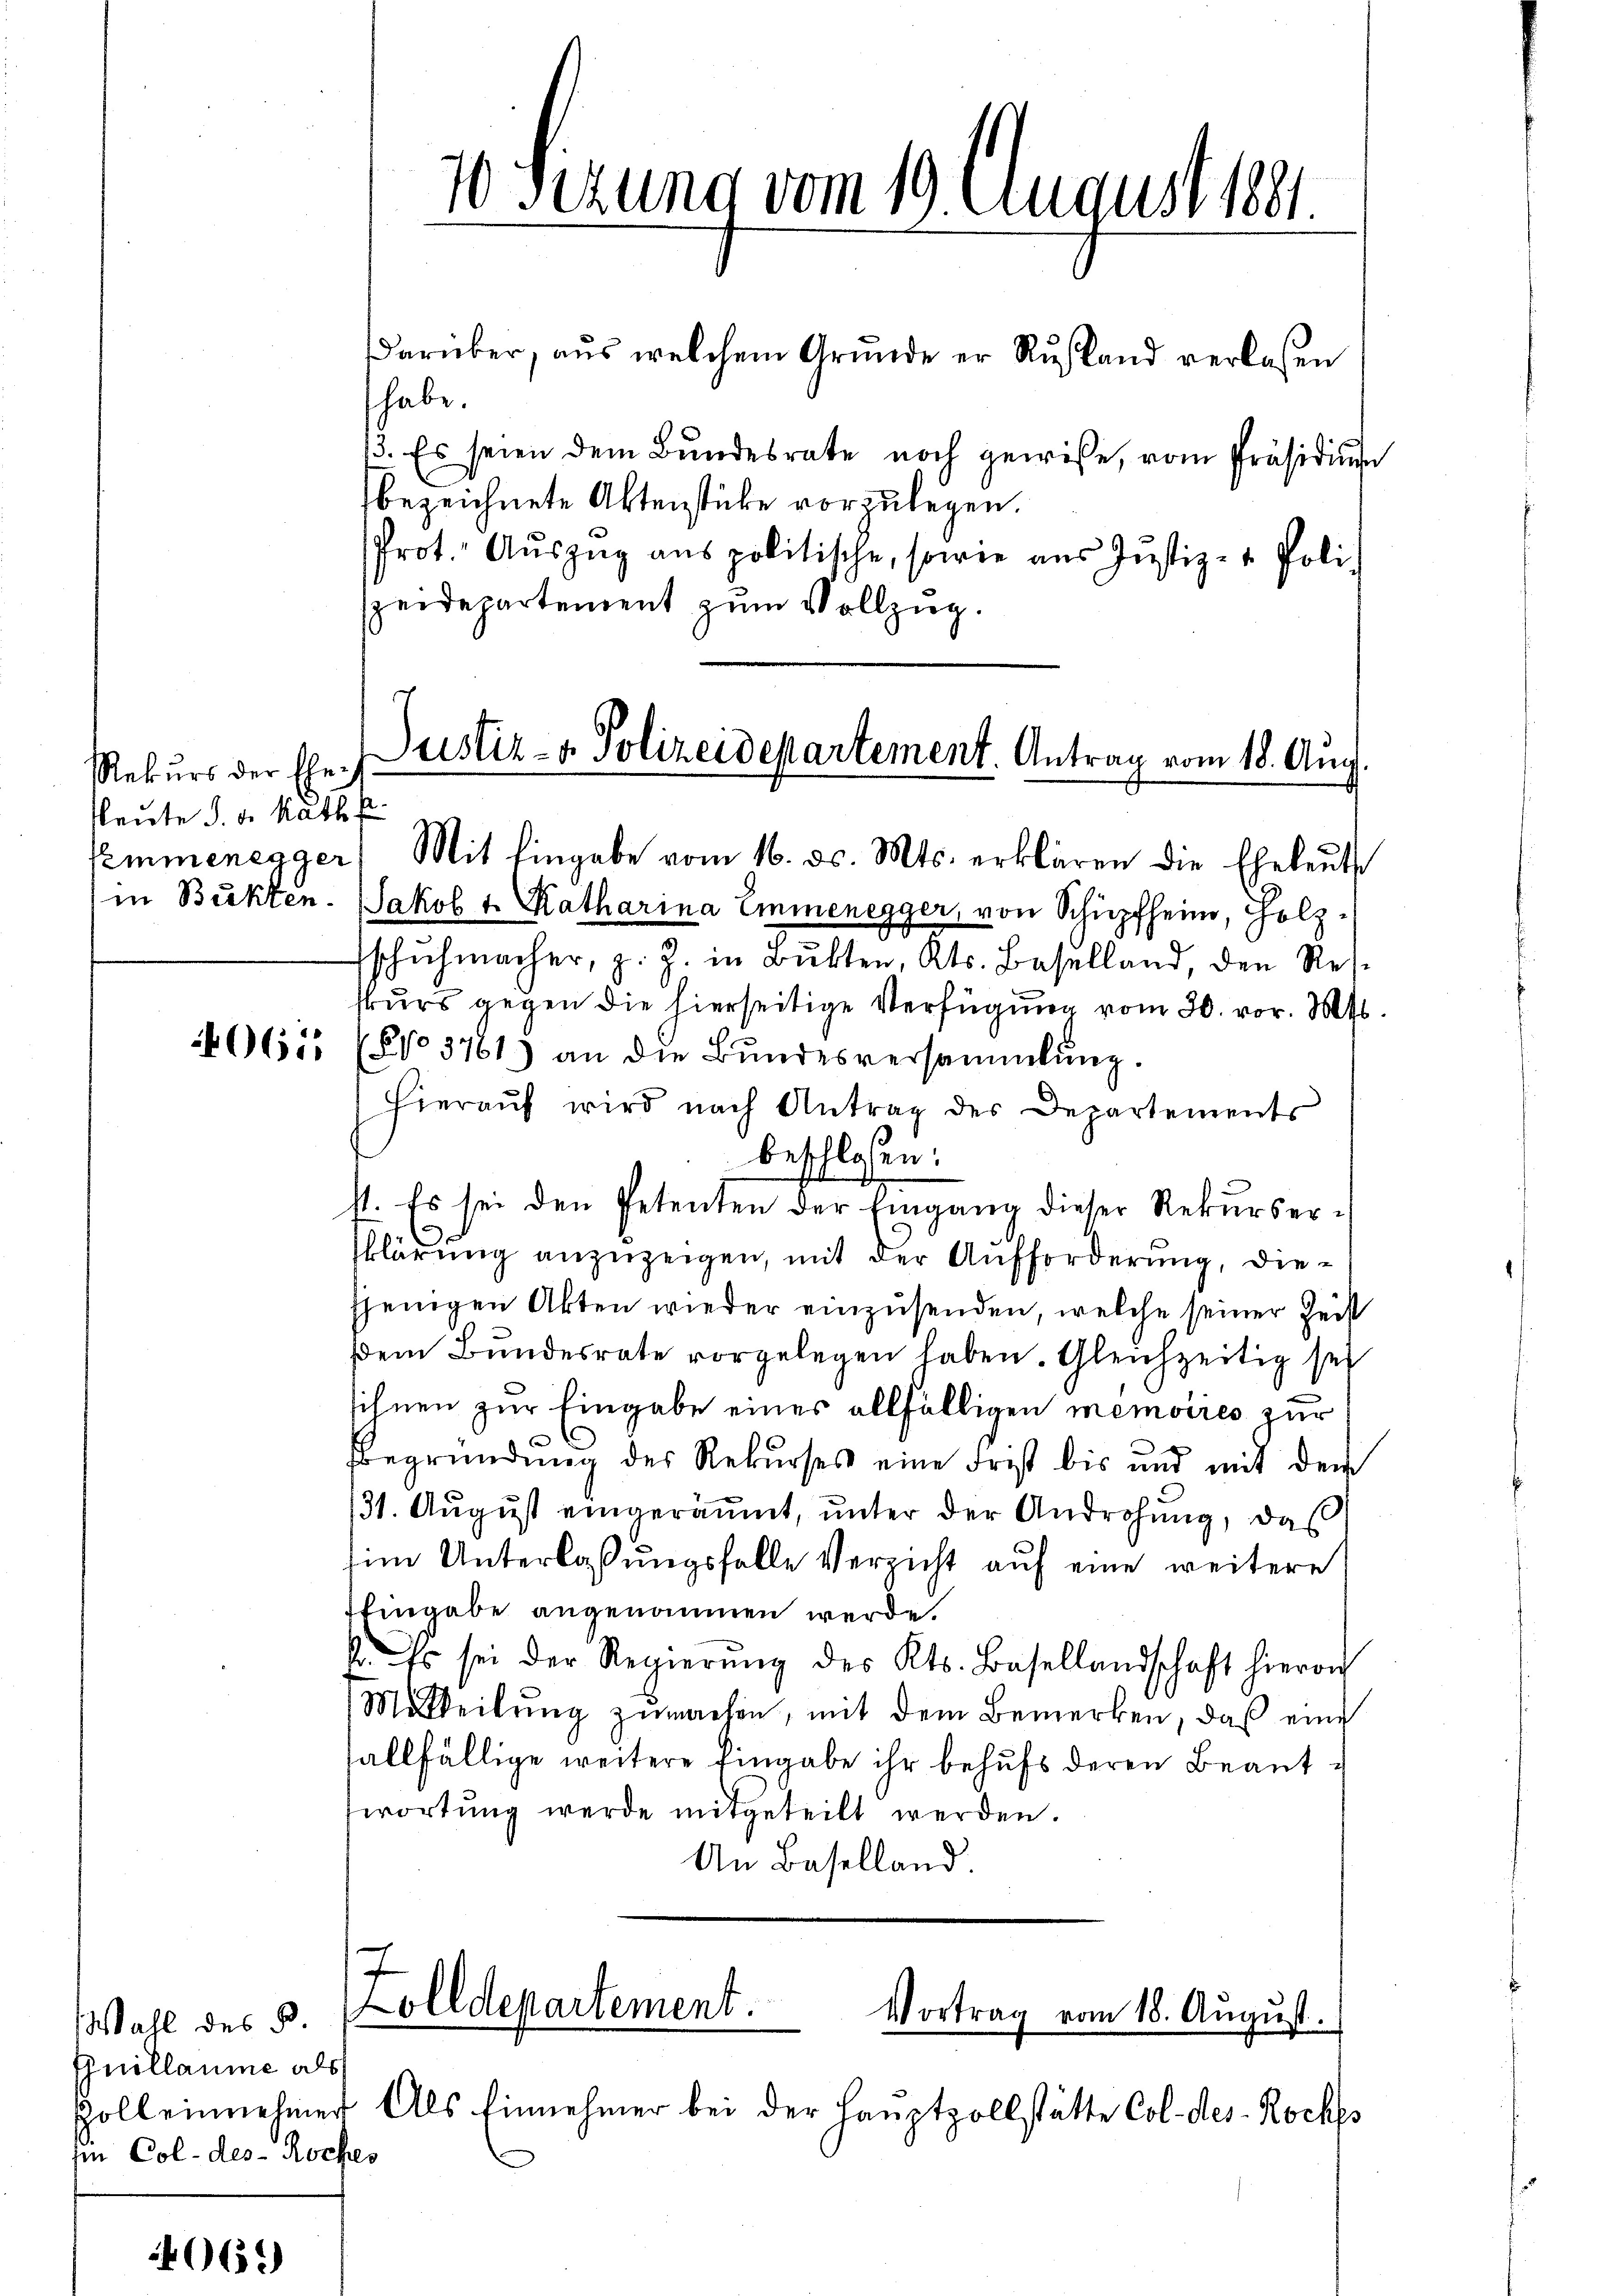
Rekurs der Ehe
Heute d. d. Rath f

Wahl des B.
Guillaume als
iin Col- des Rockes

069)

darüber, aus welchem Grunde er Rustand verlassen
habe.
13. Es seien dem Bundesrate noch gewisse, vom Präsidium
bezeichnete Aktenstücke vorzulegen.
Prot. Aŭszŭg ans politische, sowie ans Justiz- & Poli-
peidepartement zum Vollzug.

10 Sizung vom 19. August 1891

Justiz- & Polizeidepartement. Antrag vom 18. Aug.
femmenegger Mit Eingabe vom 16. ds. Mts. erklären die Eheleut

in Bukten. Jakob 1. Katharina Emmenegger, von Schüpfheim, Holzschŭhmacher, z. Z. in Bŭkten, Kts. Baselland, den Res-
skurs gegen die hierseitige Verfügung vom 30. vor. Mts.
2061 (No 37613 an die Bundesversammlung.
hieraŭf wird nach Antrag des Departements
beschlossen:
41. Es sei den Petenten der Eingang dieser Rekurserklärung anzuzeigen, mit der Aufforderung, diejenigen Akten wieder einzusenden, welche seiner Zeit
dem Bundesrate vorgelegen haben. Gleichzeitig sei
sihnen zur Eingabe eines allfälligen memoires zur
Begründung des Rekŭrses eine Frist bis und mit dem
131. August eingeräumt, unter der Androhung, das
sim Unterlassungsfalle Verzicht auf eine weitere
Eingabe angenommen werde.
A. Es sei der Regierŭng des Kts. Basellandschaft hieron
Mitteilŭng zŭmachen, mit dem Bemerken, daß eine
allfällige weitere Eingabe ihr behufs deren Beanttwortung werde mitgeteilt werden.
An Baselland.

Zoll einnehmer Als Einnehmer bei der Hauptzollstätte Col- des Roches

Zolldepartement.
Vortrag vom 18. Aŭgŭst.